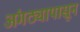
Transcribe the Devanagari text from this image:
अंगठ्यापासून